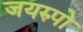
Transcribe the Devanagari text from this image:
जयरुपो